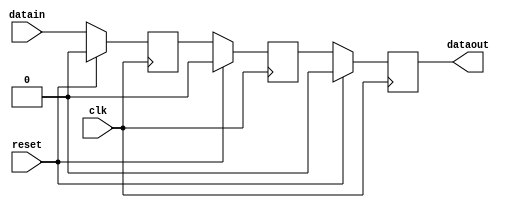
module tri_mode_ethernet_mac_0_syncer_level
#(
  parameter WIDTH       = 1,
  parameter RESET_VALUE = 1'b0
 )
(
  input  wire clk,
  input  wire reset,

  input  wire [WIDTH-1:0] datain,
  output wire [WIDTH-1:0] dataout
);

  (* ASYNC_REG = "TRUE" *) reg  [WIDTH-1:0] dataout_reg;
  reg  [WIDTH-1:0] meta_nxt;
  wire [WIDTH-1:0] dataout_nxt;

  (* ASYNC_REG = "TRUE" *) reg  [WIDTH-1:0] meta;
  (* ASYNC_REG = "TRUE" *) reg  [WIDTH-1:0] meta2;
  always @*
    begin
      meta_nxt = datain;
    end

  always @( posedge clk )
    begin
      if ( reset == 1'b1 )
        begin
          meta  <= {WIDTH{RESET_VALUE}};
          meta2 <= {WIDTH{RESET_VALUE}};
        end
      else
        begin
          meta  <= meta_nxt;
          meta2 <= meta;
        end
    end

  assign dataout_nxt = meta2;

  always @( posedge clk )
    begin
      if ( reset == 1'b1 )
        begin
          dataout_reg <= {WIDTH{RESET_VALUE}};
        end
      else
        begin
          dataout_reg <= dataout_nxt;
        end
    end

  assign dataout = dataout_reg;

endmodule